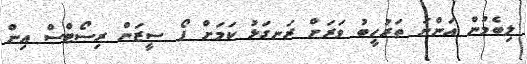
ލިބެމުން އަންނަ ތަރުހީބު ވަރަށް ރަނގަޅު ކަމަށް ފޯ ސީޒަން ރިސޯޓްސް އިން